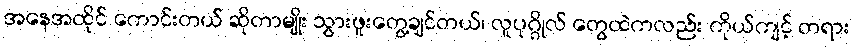
အနေအထိုင် ကောင်းတယ် ဆိုတာမျိုး သွားဖူးတွေ့ချင်တယ်၊ လူပုဂ္ဂိုလ် တွေထဲကလည်း ကိုယ်ကျင့် တရား